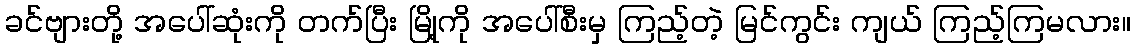
ခင်ဗျားတို့ အပေါ်ဆုံးကို တက်ပြီး မြို့ကို အပေါ်စီးမှ ကြည့်တဲ့ မြင်ကွင်း ကျယ် ကြည့်ကြမလား။